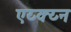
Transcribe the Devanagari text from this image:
एय्क्य्न